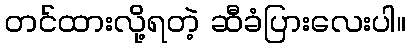
တင်ထားလို့ရတဲ့ ဆီခံပြားလေးပါ။